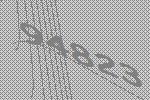
94823